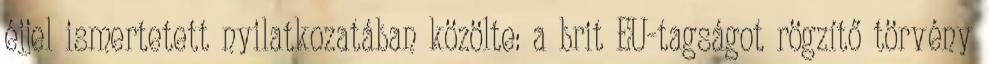
éjjel ismertetett nyilatkozatában közölte: a brit EU-tagságot rögzítő törvény